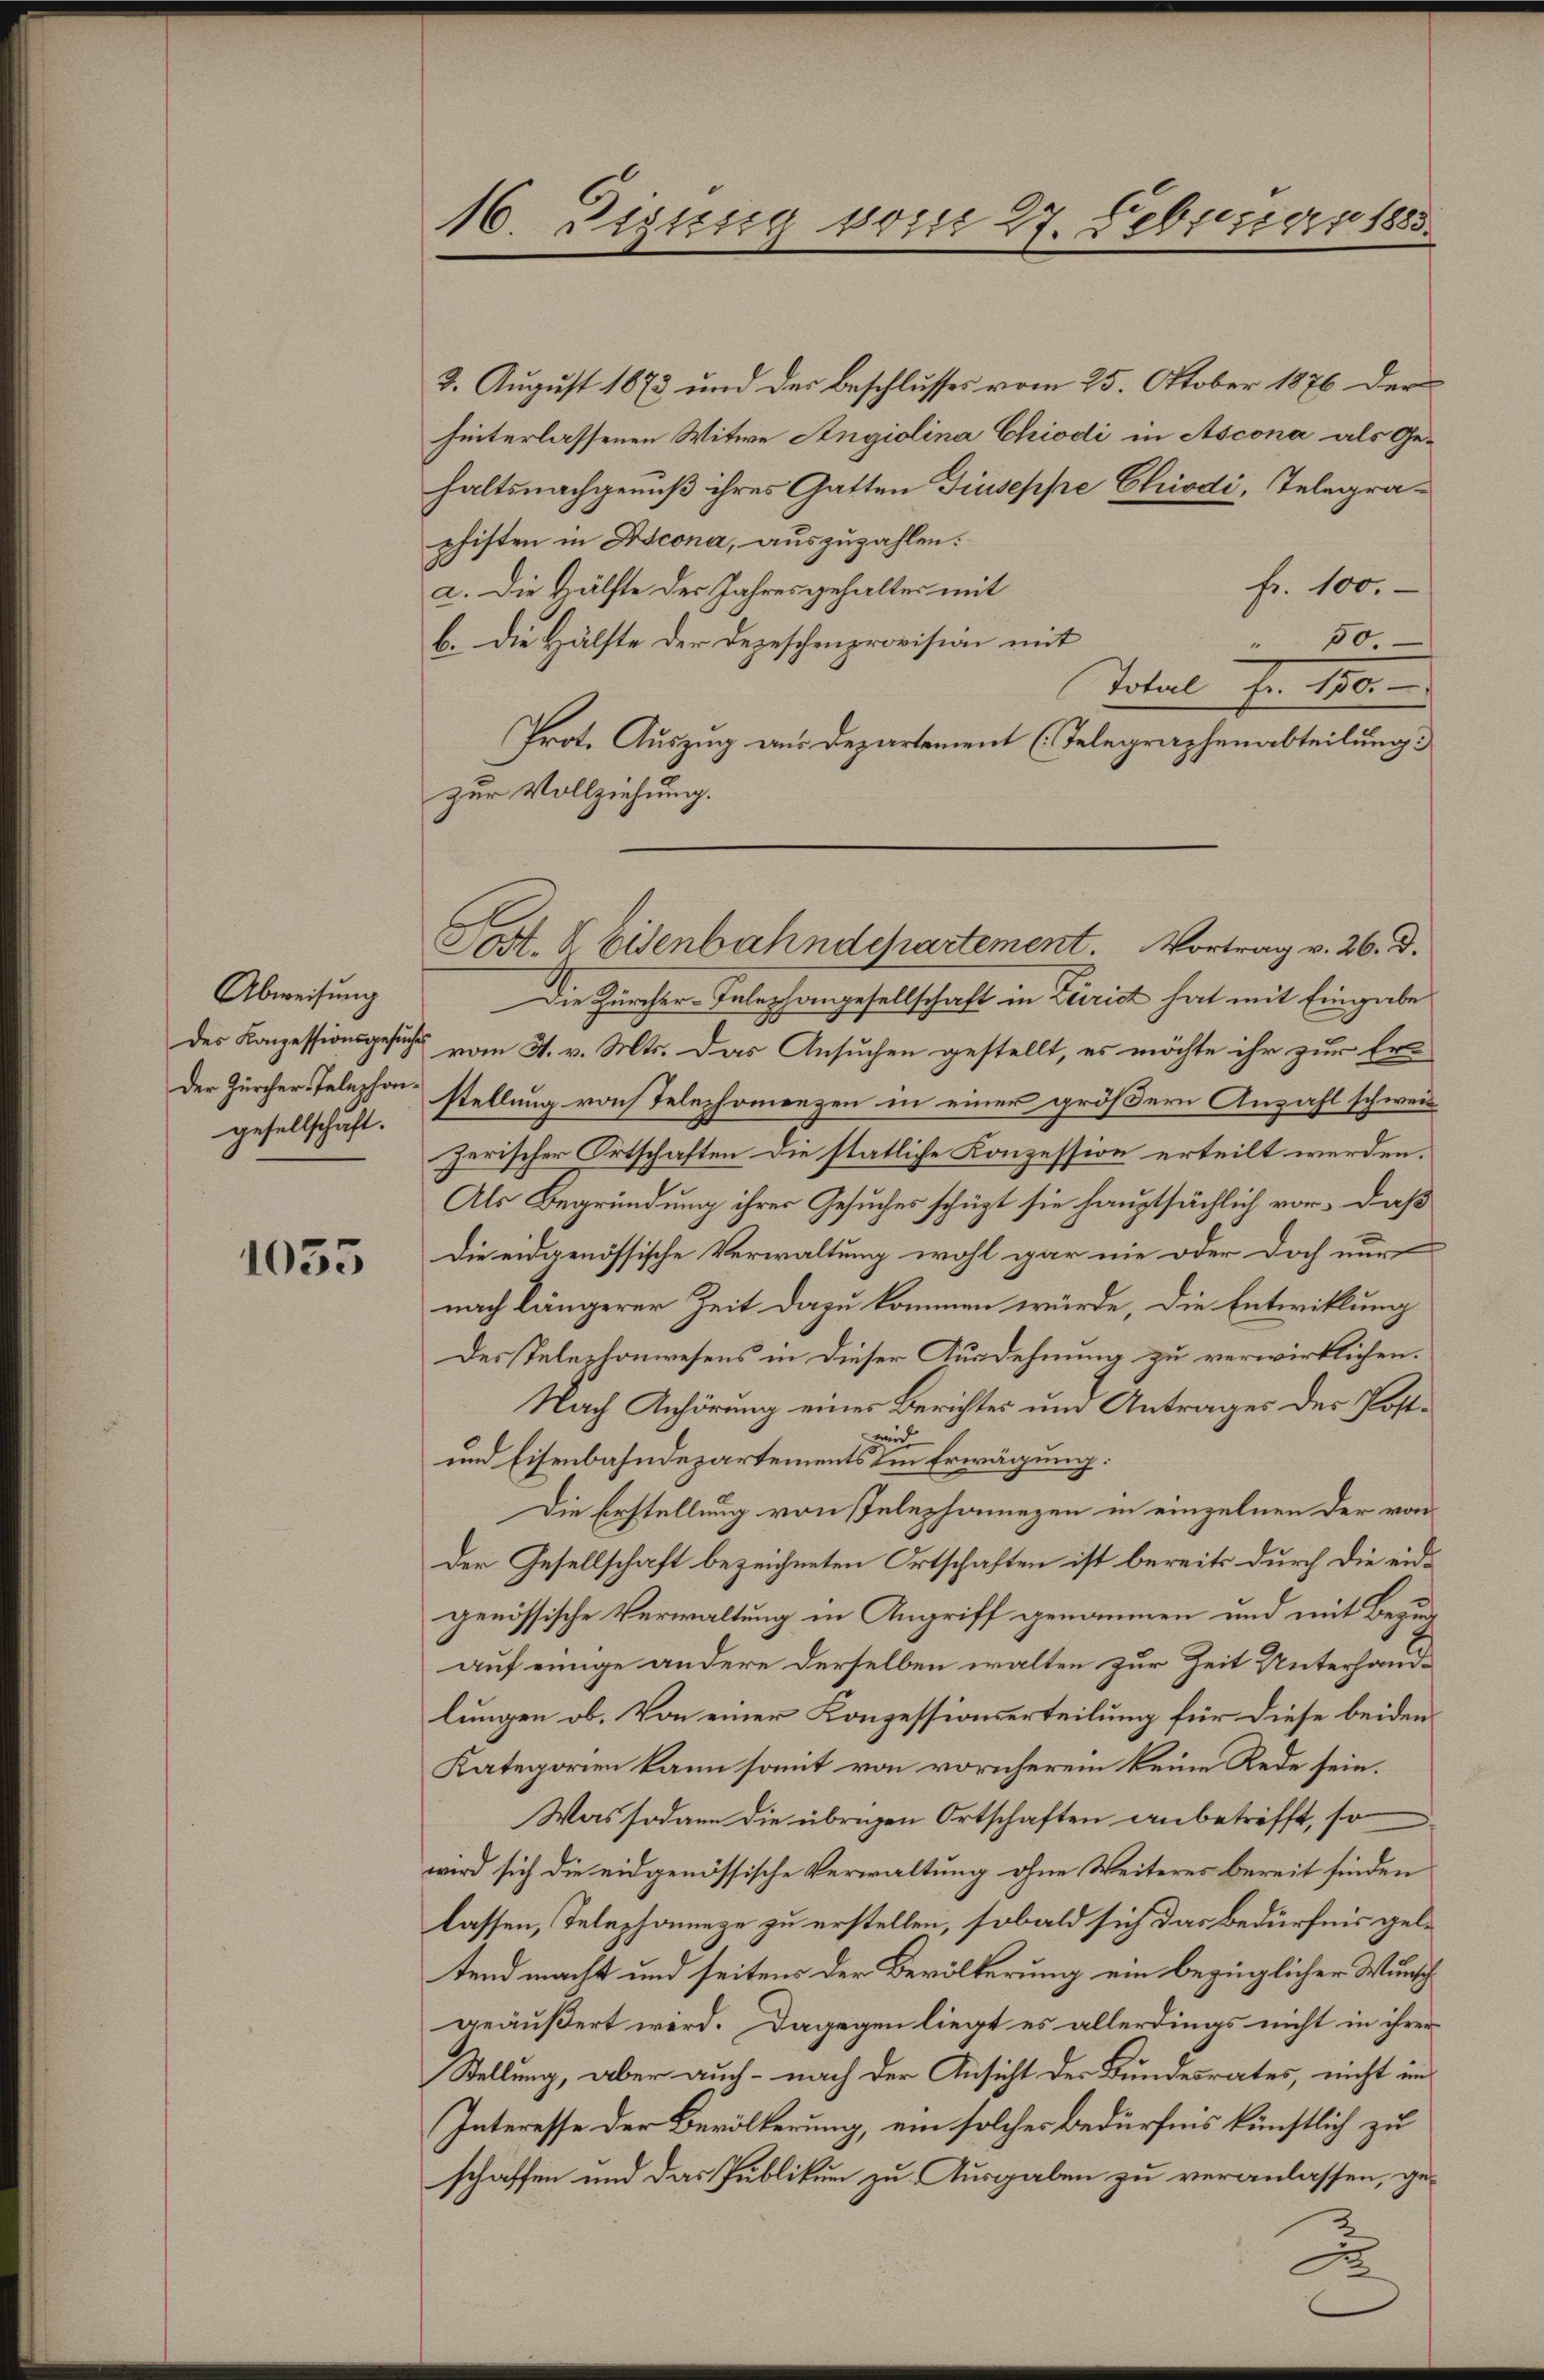
Abweisung
gesellschaft.

1035

16. Diesig vom 27. Februar 1888.

3. August 1873 und der beschlusses vom 25. Oktober 1876 der
hinterlassenen Witwe Angiolina Chiodi in Ascona als Ge-
haltsnachgenuß ihres Gatten Giuseppe Chiodi, Telegraphisten in Ascona, auszuzahlen:
fr. 100.
a. Die Hälfte des Jahresgehaltes mit
b. Die Hälfte der Depeschenprovision mit
50.
1
Total fr. 150.
Prot. Auszug aus Departement (Telegraphenabteilung.
zur Vollziehung.
Die Zürcher-Telephongesellschaft in Zeirich hat mit Eingabe
des Konzessionsgesucht vom 4. v. Mts. Das Ansuchen gestellt, es möchte ihr zur Er-
der Zürcher-Telephon stellung von Telephonenzen in einer größern Anzahl schwei
zerischer Ortschaften die statliche Konzession erteilt werden.
Als Begründung ihrer Gesuches schüzt sie hauptsächlich vor, daß
Die eidgenössische Verwaltung wohl gar nie oder doch nur
nach längerer Zeit dazu kommen würde, die Entwicklung
Des Telephonwesens in dieser Ausdehnung zu verwirklichen.
Nach Anhörung einer Berichtes und Antrages des Posti
und Eisenbahndepartements in Erwägung:
Die Erstellung von stelephonnezen in einzelnen der von
Der Gesellschaft bezeichneten Ortschaften ist bereits durch die eidgenössische Verwaltung in Angriff genommen und mit Bezug
auf einige andere derselben walten zur Zeit Unterhandlungen ob. Von einer Konzessionserteilung für diese beiden
Kategorien kann somit von vornherein keine Rede sein.
Was sodann die übrigen Ortschaften anbetrifft, so
wird sich die eidgenössische Verwaltung ohne Weiteres bereit finden
lassen, Telephonneze zu erstellen, sobald sich das Bedürfnis geltend macht und seitens der Bevölkerung ein bezüglicher Wunsch
geäußert wird. Dagegen liegt es allerdings nicht in ihrer
Stellung, aber auch - nach der Ansicht der Bundesrates, nicht um
Interesse der Bevölkerung, ein solches Bedürfnis künstlich zu
schaffen und das Publikum zu Ausgaben zu veranlassen, ge¬

Post. B. Eisenbahndchartement. Vortrag v. 26. d.